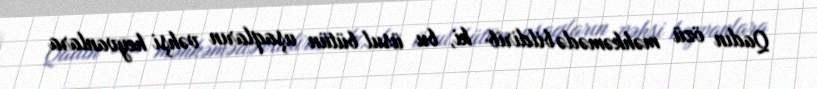
Qadın özü məhkəmədə bildirib ki, bu üsul bütün uşaqların vəhşi heyvanlara